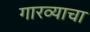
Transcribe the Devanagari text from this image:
गारव्याचा